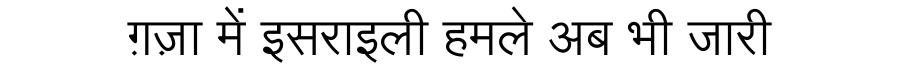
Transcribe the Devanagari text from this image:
ग़ज़ा में इसराइली हमले अब भी जारी